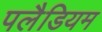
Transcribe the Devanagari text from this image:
पलैडियम